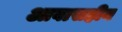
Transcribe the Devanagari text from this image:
आवासहीन